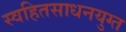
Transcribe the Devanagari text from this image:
स्वहितसाधनयुग्त